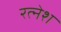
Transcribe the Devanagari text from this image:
रत्‍नेश